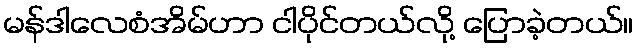
မန်ဒါလေစံအိမ်ဟာ ငါပိုင်တယ်လို့ ပြောခဲ့တယ်။